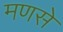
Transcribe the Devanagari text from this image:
मणसे